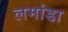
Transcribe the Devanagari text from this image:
लमांडा